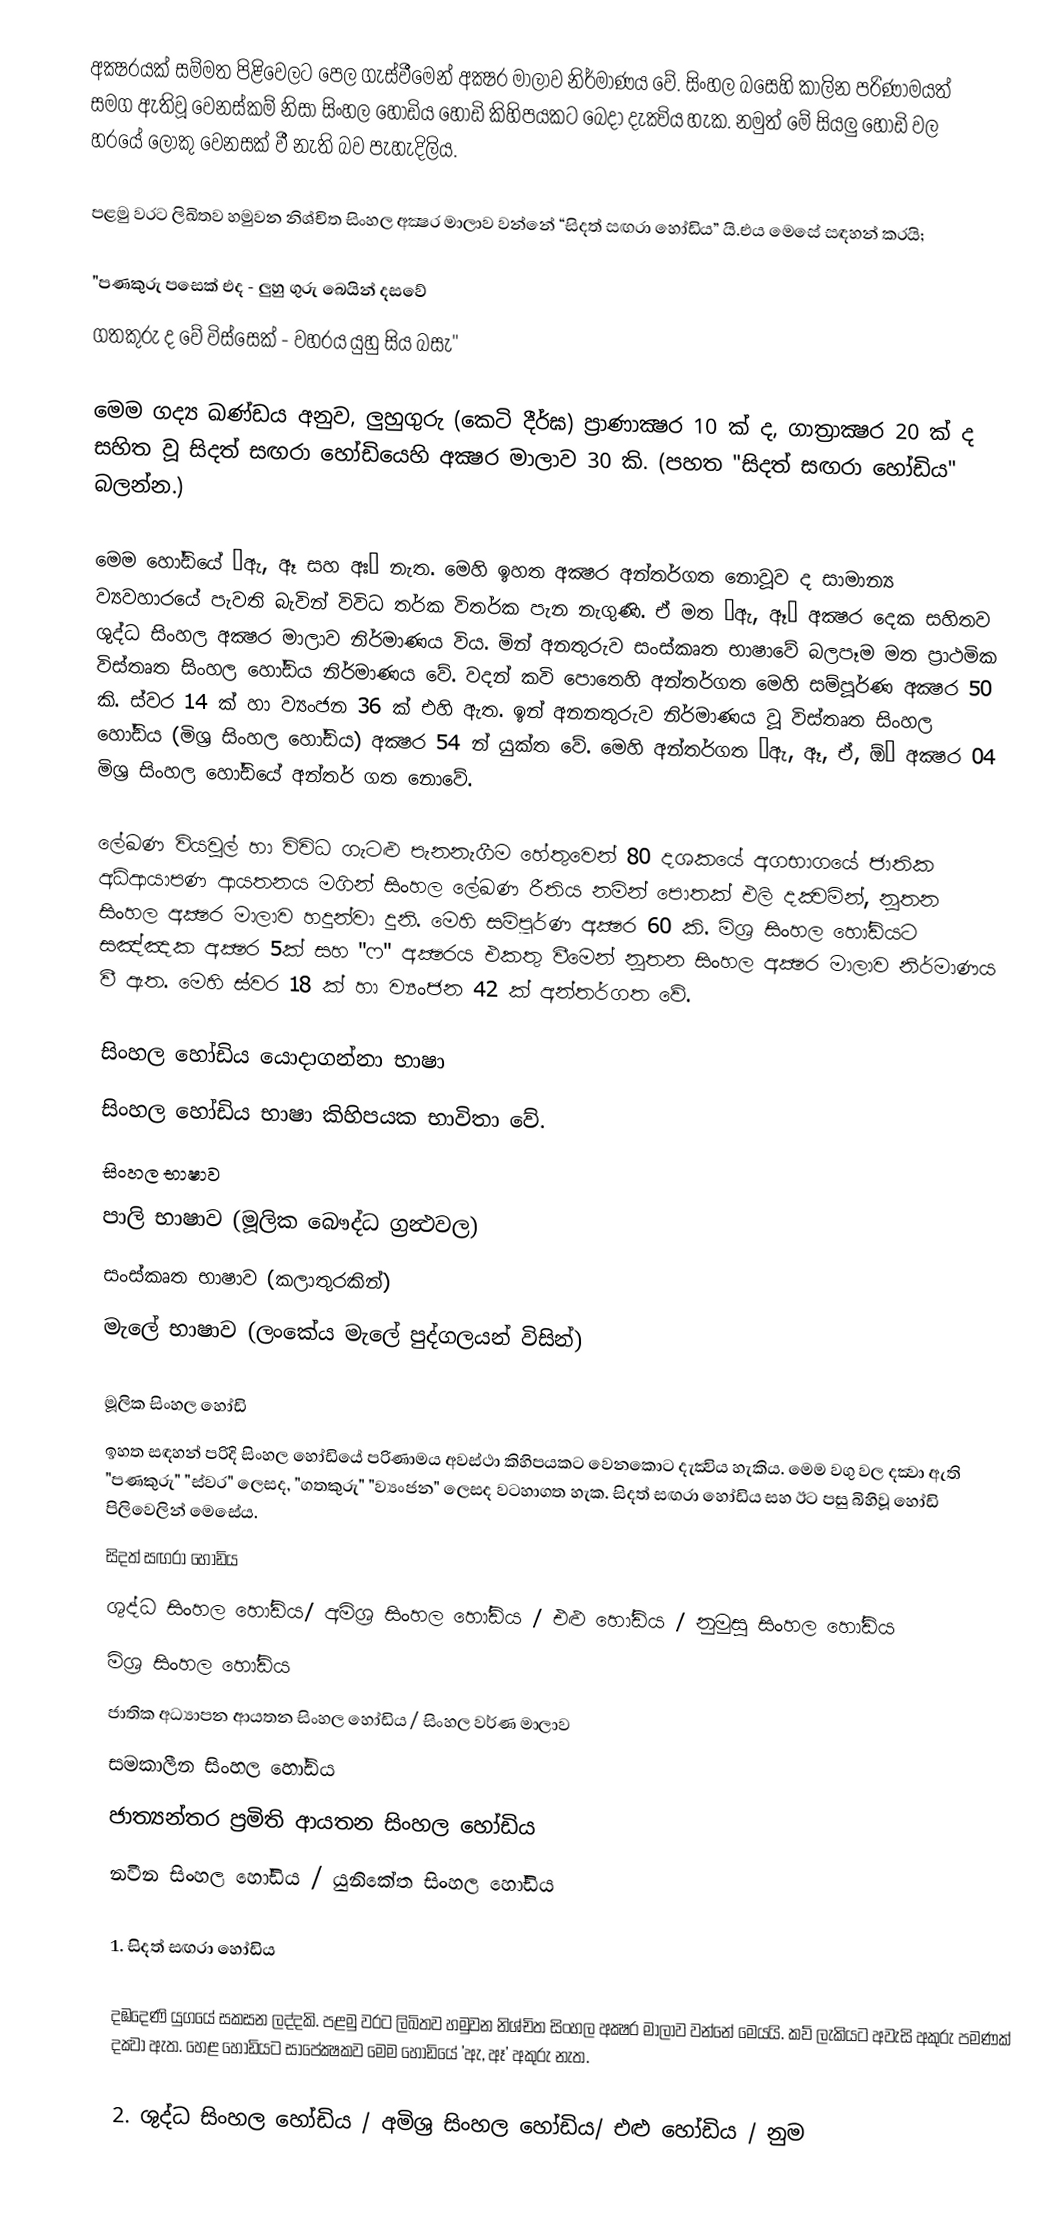
අක්‍ෂරයක් සම්මත පිළිවෙලට පෙල ගැස්වීමෙන් අක්‍ෂර මාලාව නිර්මාණය වේ. සිංහල බසෙහි කාලින පරිණාමයත් සමග ඇතිවූ වෙනස්කම් නිසා සිංහල හෝඩිය හෝඩි කිහිපයකට බෙදා දැක්‍විය හැක. නමුත් මේ සියලු හෝඩි වල හරයේ ලොකු වෙනසක් වී නැති බව පැහැදිලිය.

පළමු වරට ලිඛිතව හමුවන නිශ්චිත සිංහල අක්‍ෂර මාලාව වන්නේ “සිදත් සඟරා හෝඩිය” යි.එය මෙසේ සඳහන් කරයි;

"පණකුරු පසෙක් එද - ලුහු ගුරු බෙයින් දසවේ
ගතකුරු ද වේ විස්සෙක් - වහරය යුහු සිය බසැ"

මෙම ගද්‍ය ඛණ්ඩය අනුව, ලුහුගුරු (කෙටි දීර්ඝ) ප්‍රාණාක්‍ෂර 10 ක් ද, ගාත්‍රාක්‍ෂර 20 ක් ද සහිත වූ සිදත් සඟරා හෝඩියෙහි අක්‍ෂර මාලාව 30 කි. (පහත "සිදත් සඟරා හෝඩිය" බලන්න.)

මෙම හෝඩියේ ‘ඇ, ඈ  සහ අඃ’ නැත. මෙහි ඉහත අක්‍ෂර අන්තර්ගත නොවූව ද සාමාන්‍ය ව්‍යවහාරයේ පැවති බැවින් විවිධ තර්ක විතර්ක පැන නැගුණි. ඒ මත ‘ඇ, ඈ’ අක්‍ෂර දෙක සහිතව ශුද්ධ සිංහල අක්‍ෂර මාලාව නිර්මාණය විය. මින් අනතුරුව සංස්කෘත භාෂාවේ බලපෑම මත ප්‍රාථමික විස්තෘත සිංහල හෝඩිය නිර්මාණය වේ. වදන් කවි පොතෙහි අන්තර්ගත මෙහි සම්පූර්ණ අක්‍ෂර 50 කි. ස්වර 14 ක් හා ව්‍යංජන 36 ක් එහි ඇත. ඉන් අනනතුරුව නිර්මාණය වූ විස්තෘත සිංහල හෝඩිය (මිශ්‍ර සිංහල හෝඩිය) අක්‍ෂර 54 න් යුක්ත වේ. මෙහි අන්තර්ගත “ඇ, ඈ, ඒ, ඕ” අක්‍ෂර 04 මිශ්‍ර සිංහල හෝඩියේ අන්තර් ගත නොවේ.

ලේඛණ වියවුල් හා විවිධ ගැටළු පැනනැගීම හේතුවෙන් 80 දශකයේ අගභාගයේ ජාතික අධ්ආ‍යාපණ ආයතනය  මගින් සිංහල ලේඛණ රීතිය  නමින් පොතක් එලි දක්‍වමින්, නූතන සිංහල අක්‍ෂර මාලාව හදුන්වා දුනි. මෙහි සම්පූර්ණ අක්‍ෂර 60 කි. මිශ්‍ර සිංහල හෝඩියට සඤ්ඤක අක්‍ෂර 5ක්  සහ "ෆ" අක්‍ෂරය එකතු වීමෙන් නූතන සිංහල අක්‍ෂර මාලාව නිර්මාණය වී ඇත. මෙහි ස්වර 18 ක්  හා ව්‍යංජන 42 ක්  අන්තර්ගත වේ.

සිංහල හෝඩිය යොදාගන්නා භාෂා
සිංහල හෝඩිය භාෂා කිහිපයක භාවිතා වේ.
 සිංහල භාෂාව
 පාලි භාෂාව (මූලික බෞද්ධ ග්‍රන්‍ථවල)
 සංස්කෘත භාෂාව (කලාතුරකින්)
 මැලේ භාෂාව (ලංකේය මැලේ පුද්ගලයන් විසින්)

මූලික සිංහල හෝඩි
ඉහත සඳහන් පරිදි සිංහල හෝඩියේ පරිණාමය අවස්ථා කිහිපයකට වෙනකොට දැක්‍විය හැකිය. මෙම වගු වල දක්‍වා ඇති "පණකුරු" "ස්වර" ලෙසද, "ගතකුරු" "ව්‍යංජන" ලෙසද වටහාගත හැක. සිදත් සඟරා හෝඩිය සහ ඊට පසු බිහිවූ හෝඩි පිලිවෙලින් මෙසේය.
 සිදත් සඟරා හෝඩිය
 ශුද්ධ සිංහල හෝඩිය/ අමිශ්‍ර සිංහල හෝඩිය / එළු හෝඩිය / නුමුසු සිංහල හෝඩිය
 මිශ්‍ර සිංහල හෝඩිය
 ජාතික අධ්‍යාපන ආයතන සිංහල හෝඩිය / සිංහල වර්ණ මාලාව
 සමකාලීන සිංහල හෝඩිය
 ජාත්‍යන්තර ප්‍රමිති ආයතන සිංහල හෝඩිය
 නවීන සිංහල හෝඩිය / යුනිකේත සිංහල හෝඩිය

1. සිදත් සඟරා හෝඩිය

දඹදෙණි යුගයේ සකසන ලද්දකි. පළමු වරට ලිඛිතව හමුවන නිශ්චිත සිංහල අක්‍ෂර මාලාව වන්නේ මෙයයි. කව් ලැකියට අවැසි අකුරු පමණක් දක්‍වා ඇත. හෙළ හෝඩියට සාපේක්‍ෂකව මෙම හෝඩියේ 'ඇ, ඈ' අකුරු  නැත.

2. ශුද්ධ සිංහල  හෝඩිය / අමිශ්‍ර සිංහල හෝඩිය/ එළු හෝඩිය / නුම